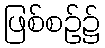
ဖြစ်စဉ်၌